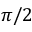
\pi / 2